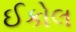
ઈકોલ